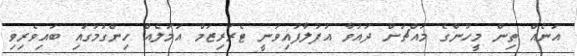
އަނެއް ތިން މީހުންގެ މައްޗަށް ދައުވާ އުފުލާފައިވަނީ ޓެރަރިޒަމް އަމަލެއް ހިންގުމުގައި ބައިވެރިވި